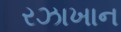
રઝાખાન